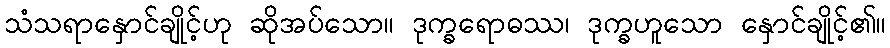
သံသရာနှောင်ချိုင့်ဟု ဆိုအပ်သော။ ဒုက္ခရောဓဿ၊ ဒုက္ခဟူသော နှောင်ချိုင့်၏။